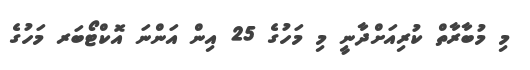
މި މުބާރާތް ކުރިއަށްދާނީ މި މަހުގެ 25 އިން އަންނަ އޮކްޓޯބަރ މަހުގެ